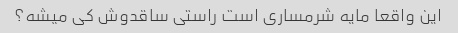
این واقعا مایه شرمساری است راستی ساقدوش کی میشه؟